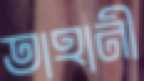
তাহানী